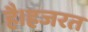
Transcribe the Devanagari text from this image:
है।हजरत